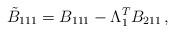
LaTeX: \begin{align*}\tilde{B}_{111}=B_{111}-\Lambda^T_{1} B_{211}\,,\end{align*}